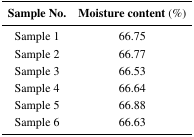
<table><thead><tr><td><b>Sample No.</b></td><td><b>Moisture content (%)</b></td></tr></thead><tbody><tr><td>Sample 1</td><td>66.75</td></tr><tr><td>Sample 2</td><td>66.77</td></tr><tr><td>Sample 3</td><td>66.53</td></tr><tr><td>Sample 4</td><td>66.64</td></tr><tr><td>Sample 5</td><td>66.88</td></tr><tr><td>Sample 6</td><td>66.63</td></tr></tbody></table>